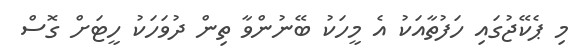
މި ޕެކޭޖުގައި ހަފުތާއަކު އެ މީހަކު ބޭނުންވާ ތިން ދުވަހަކު ހީޓަށް ގޮސް